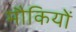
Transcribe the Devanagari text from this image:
मौकियों